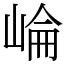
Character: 崘